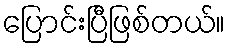
ပြောင်းပြီဖြစ်တယ်။